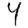
Digit: 4